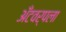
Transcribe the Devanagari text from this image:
अँटवर्पला